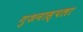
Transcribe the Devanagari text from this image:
गुशनास्पला